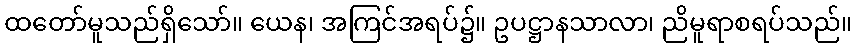
ထတော်မူသည်ရှိသော်။ ယေန၊ အကြင်အရပ်၌။ ဥပဋ္ဌာနသာလာ၊ ညိမူရာစရပ်သည်။